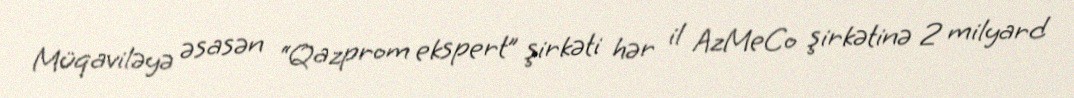
Müqaviləyə əsasən “Qazprom ekspert” şirkəti hər il AzMeCo şirkətinə 2 milyard